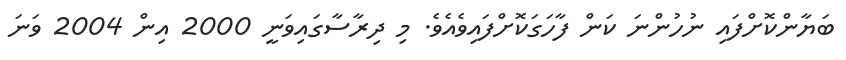
ބަޔާންކޮށްފައި ނުހުންނަ ކަން ފާހަގަކޮށްފައިވެއެވެ. މި ދިރާސާގައިވަނީ 2000 އިން 2004 ވަނަ